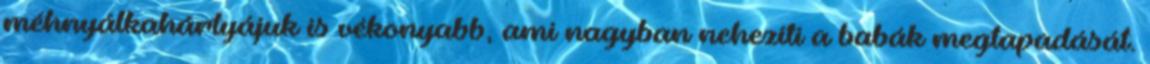
méhnyálkahártyájuk is vékonyabb, ami nagyban nehezíti a babák megtapadását.